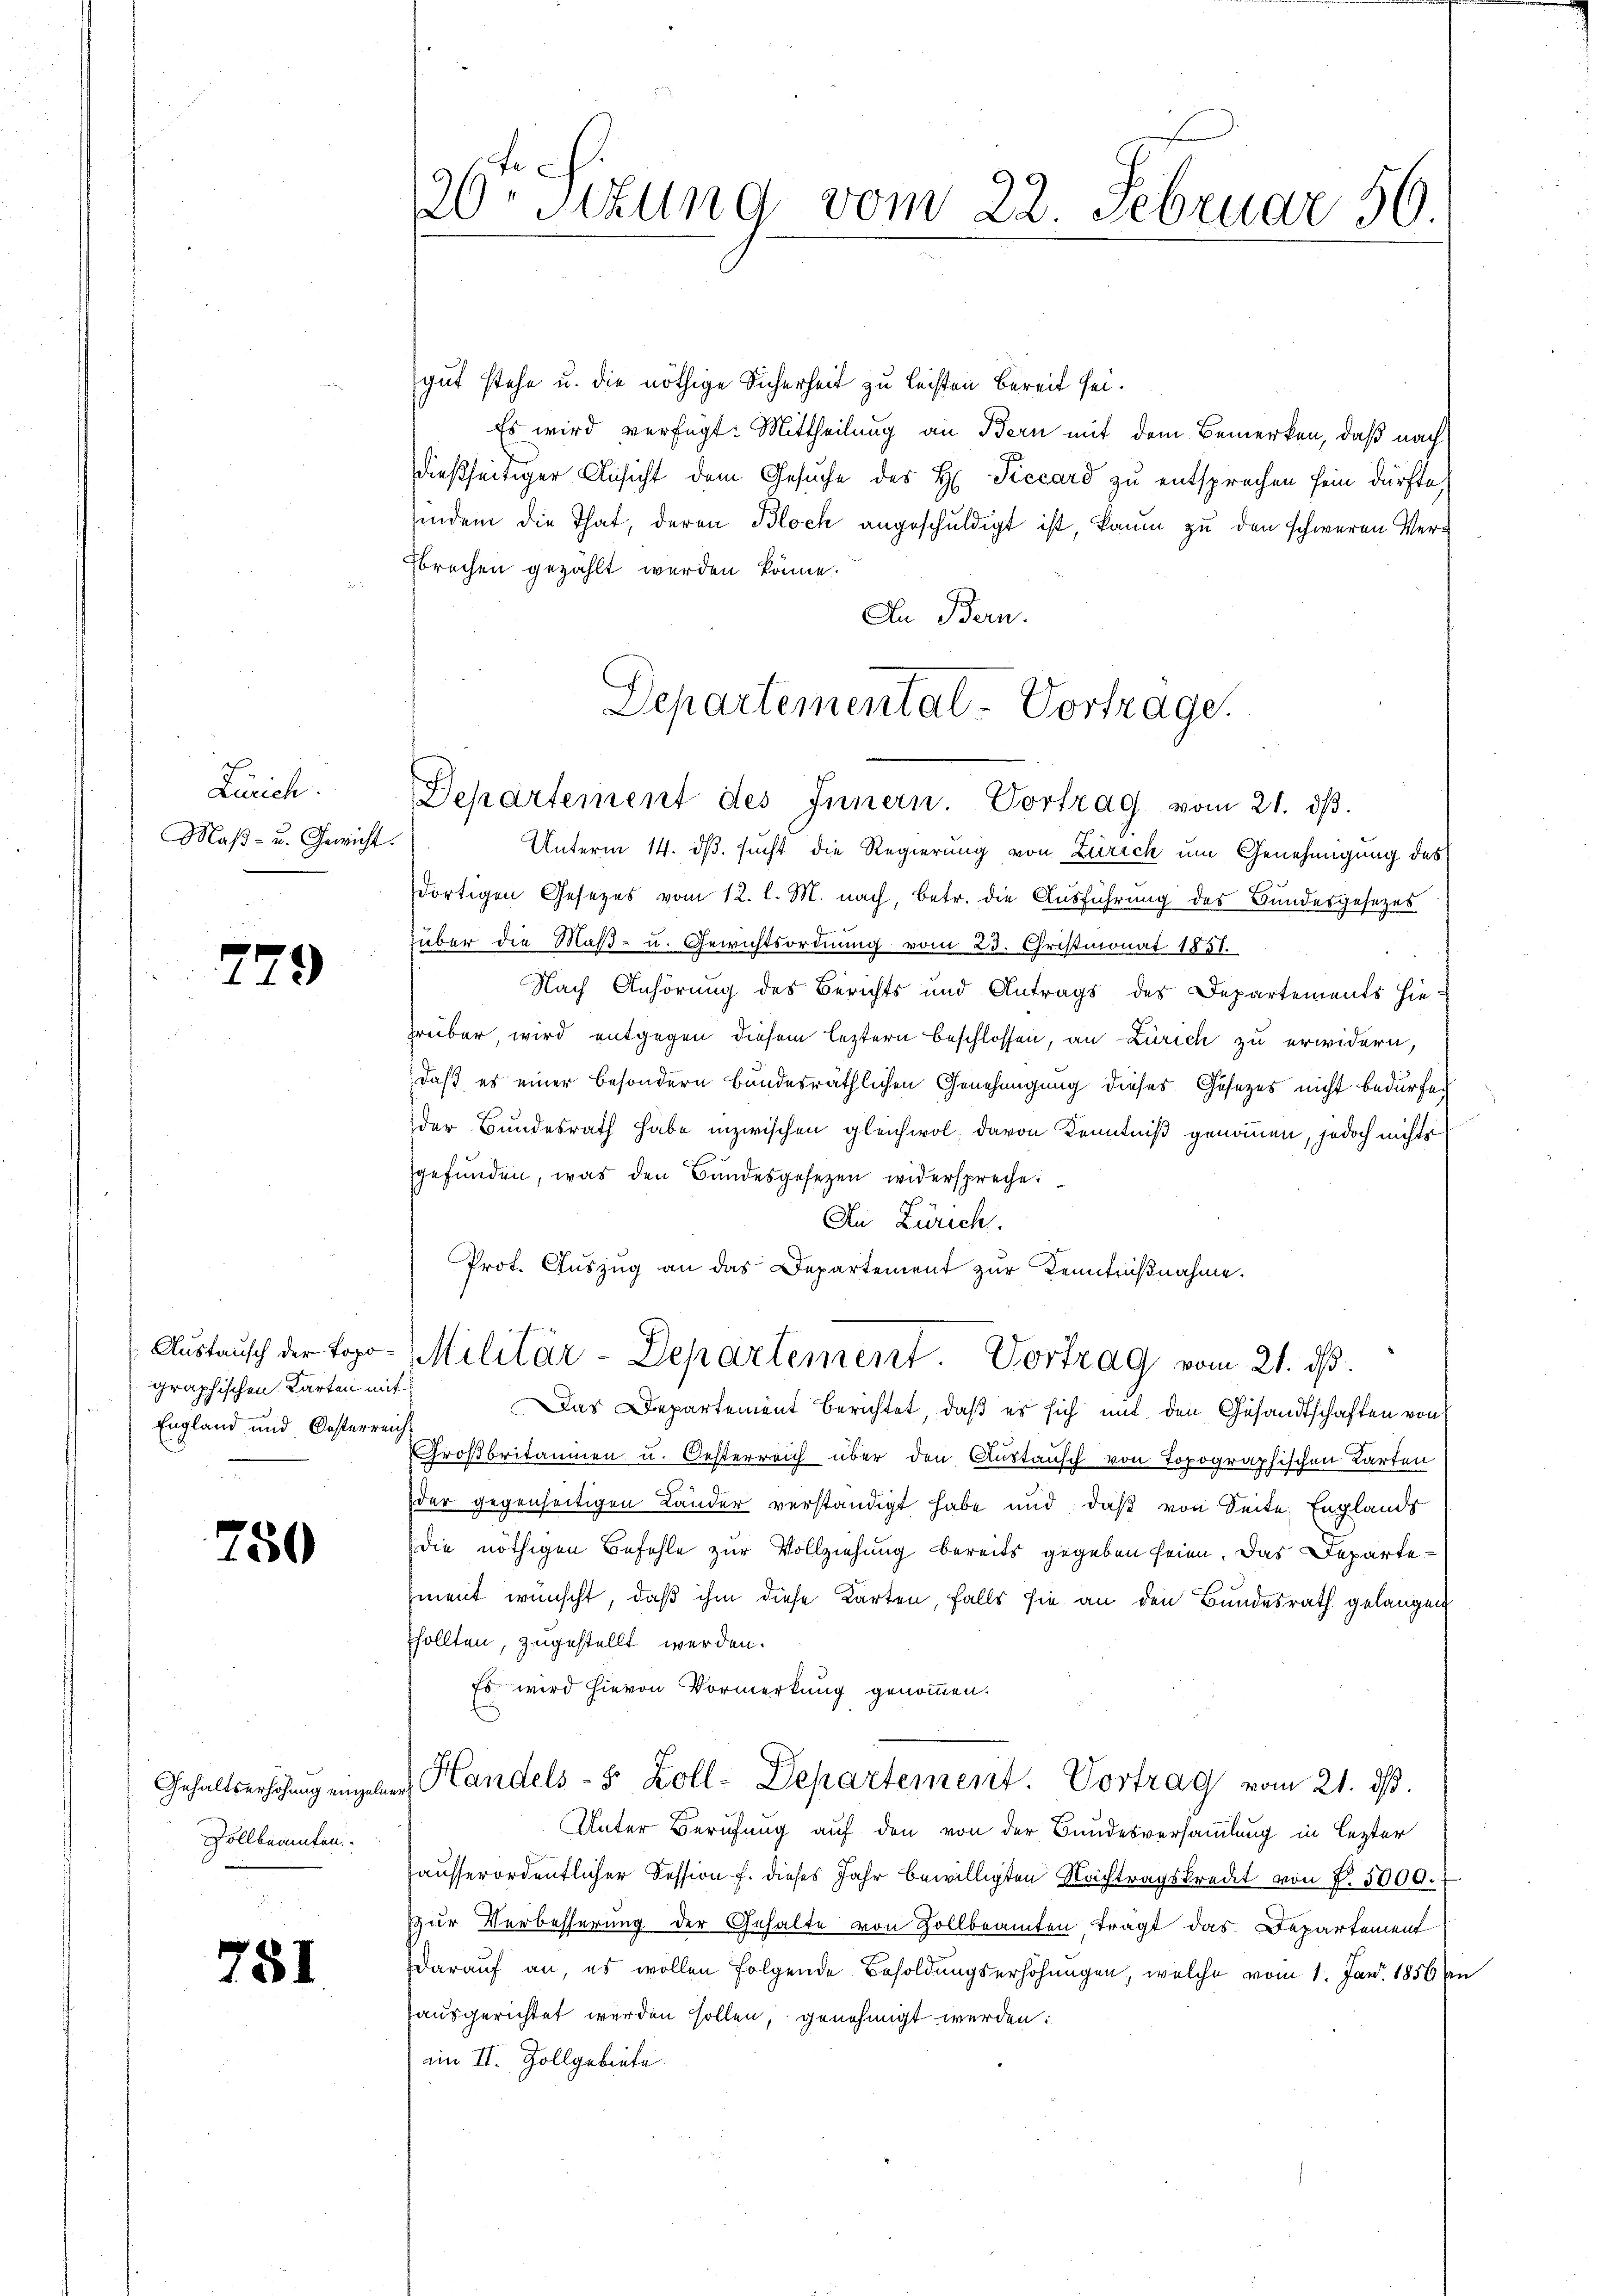
Zürich.
Maß- u. Gewicht.

279

graphischen Karten mit
England und Oesterreich

750

Gehaltserhöhung einzelne
Zollbeamten

751

gut stehe u. die nöthige Sicherheit zu leisten Bereit sei.
Es wird verfügt: Mittheilung an Bern mit dem Bemerken, daß nach
dießseitiger Ansicht dem Gesuche des H. Precard zu entsprechen sein dürfte,
indem die That, deren Bloch angeschuldigt ist, kaum zu den schweren Ver¬
Fbrechen gezählt werden könne.
In Bern.

20. Sitzung vom 22. Februar 50.

Departementat - Vortrage.
Departement des Innern. Vortrag vom 21. dβ.

Unterm 14. ds. sucht die Regierung von Zürich um Genehmigung des
dortigen Gesezes vom 12. l. M. nach, betr. die Ausführung des Bundesgesezes
über die Maß- u. Gewichtsordnung vom 23. Christmonat 1851.
Nach Anhörung des Berichts und Antrags des Departements hiehreiber, wird entgegen diesem leztern beschlossen, an Zürich zu erwidern,
daß es einer besondern bundesräthlichen Genehmigung dieses Gesezes nicht bedürfe.
der Bundesrath habe inzwischen gleichwol, davon Kenntniß genommen, jedoch nichts
gefunden, was den Bandesgesezen widerspreche
An Zürich.
Das Departement berichtet, daß es sich mit den Gesandtschaften von
Großbritainen u. Oesterreich über den Austausch von Topographischen Karten
der gegenseitigen Länder verständigt habe und daß von Seite Englands
die nöthigen Befehle zur Vollziehung bereits gegeben seien. Das Departement wünscht, daß ihm diese Karten, falls sie an den Bundesrath gelangen
Esollten, zugestellt werden.
Es wird hievon Vormerkung genommen.
 Handels- 5 Zoll-Departement. Vortrag vom 21. ds.
Unter Berufung auf den von der Bundesversammlung in lezter
hausserordentlicher Kession f. dieses Jahr bewilligten Nachtragskredet von P. 5000.
zur Verbesserung der Gehalte von Zollbeamten tragt das Departement
darauf an, es wollen folgende Besoldungserhöhungen, welche vom 1. Jan. 1856 an
ausgerichtet werden sollen, genehmigt werden:
am II. Zollgebiete

Prot. Auszug an das Departement zur Kenntnißnahme.
Aŭstaŭsch der Topo-Militär-Departement. Vortrag vom 21. dβ.